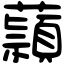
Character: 蘏